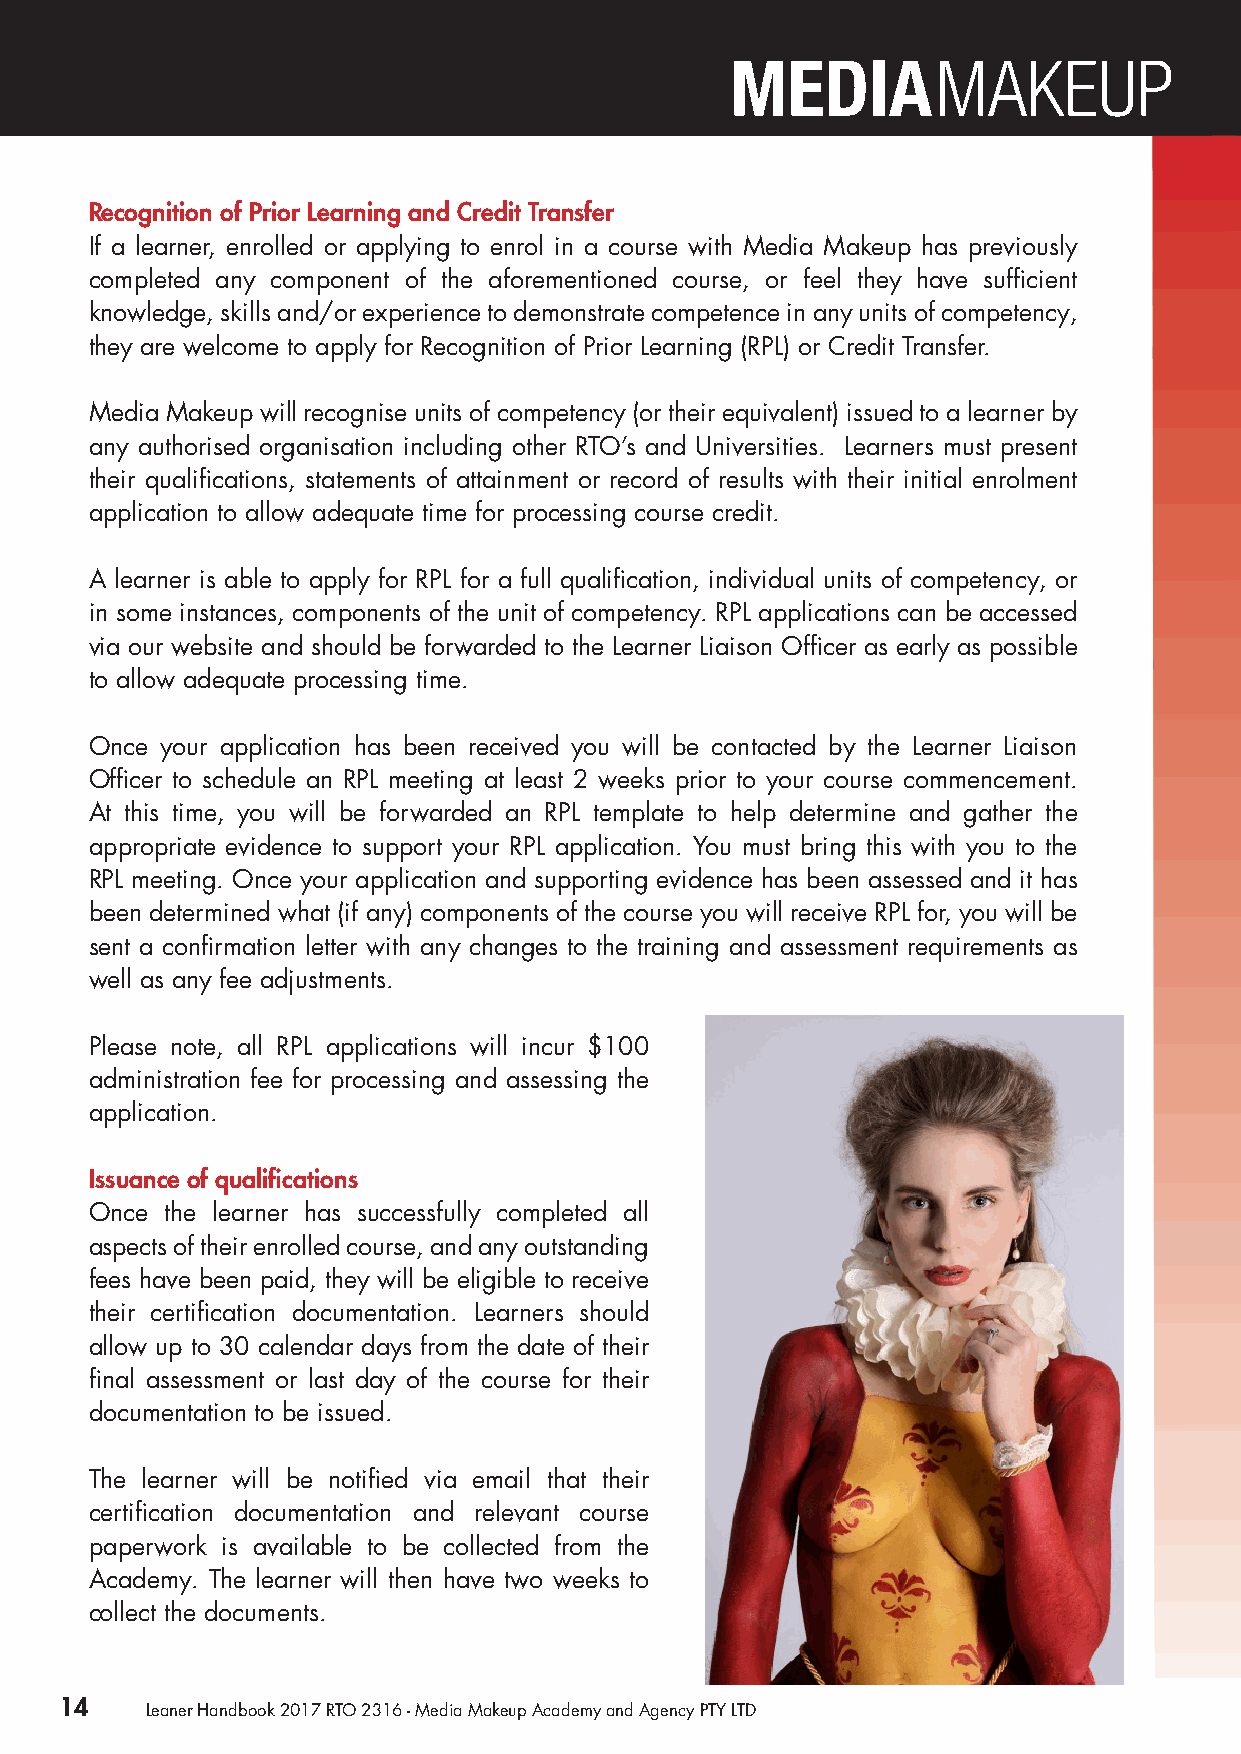
Recognition of Prior Learning and Credit Transfer
 If a learner, enrolled or applying to enrol in a course with Media Makeup has previously
 completed any component of the aforementioned course, or feel they have sufficient
 knowledge, skills and/or experience to demonstrate competence in any units of competency,
 they are welcome to apply for Recognition of Prior Learning (RPL) or Credit Transfer.
 Media Makeup will recognise units of competency (or their equivalent) issued to a learner by
 any authorised organisation including other RTO’s and Universities. Learners must present
 their qualifications, statements of attainment or record of results with their initial enrolment
 application to allow adequate time for processing course credit.
 A learner is able to apply for RPL for a full qualification, individual units of competency, or
 in some instances, components of the unit of competency. RPL applications can be accessed
 via our website and should be forwarded to the Learner Liaison Officer as early as possible
 to allow adequate processing time.
 Once your application has been received you will be contacted by the Learner Liaison
 Officer to schedule an RPL meeting at least 2 weeks prior to your course commencement.
 At this time, you will be forwarded an RPL template to help determine and gather the
 appropriate evidence to support your RPL application. You must bring this with you to the
 RPL meeting. Once your application and supporting evidence has been assessed and it has
 been determined what (if any) components of the course you will receive RPL for, you will be
 sent a confirmation letter with any changes to the training and assessment requirements as
 well as any fee adjustments.
 Please note, all RPL applications will incur $100
 administration fee for processing and assessing the
 application.
 Issuance of qualifications
 Once the learner has successfully completed all
 aspects of their enrolled course, and any outstanding
 fees have been paid, they will be eligible to receive
 their certification documentation. Learners should
 allow up to 30 calendar days from the date of their
 final assessment or last day of the course for their
 documentation to be issued.
 The learner will be notified via email that their
 certification documentation and relevant course
 paperwork is available to be collected from the
 Academy. The learner will then have two weeks to
 collect the documents.
 14    Leaner Handbook 2017 RTO 2316 - Media Makeup Academy and Agency PTY LTD